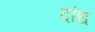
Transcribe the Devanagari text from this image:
दांध